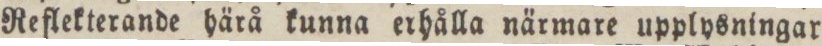
Reflekterande härå kunna erhålla närmare upplysningar